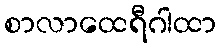
စာလာထေရီဂါထာ